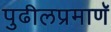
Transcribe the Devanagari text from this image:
पुढीलप्रमाणॅ